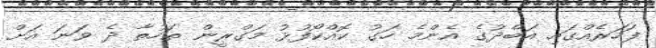
ފަހަރެއްގައި އަބްދުގެ އެންމެ ހަގު ކޮއްކޯފުޅު މަގްރީން ތަހުތާ ދެ ވަނަ އަށް